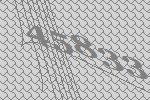
45833